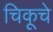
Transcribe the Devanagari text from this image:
चिकूचे